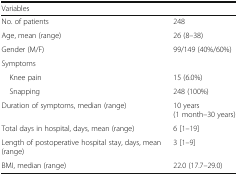
<table><thead><tr><td colspan="2"><b>Variables</b></td></tr></thead><tbody><tr><td>No. of patients</td><td>248</td></tr><tr><td>Age, mean (range)</td><td>26 (8–38)</td></tr><tr><td>Gender (M/F)</td><td>99/149 (40%/60%)</td></tr><tr><td colspan="2">Symptoms</td></tr><tr><td> Knee pain</td><td>15 (6.0%)</td></tr><tr><td> Snapping</td><td>248 (100%)</td></tr><tr><td>Duration of symptoms, median (range)</td><td>10 years (1 month–30 years)</td></tr><tr><td>Total days in hospital, days, mean (range)</td><td>6 [1–19]</td></tr><tr><td>Length of postoperative hospital stay, days, mean (range)</td><td>3 [1–9]</td></tr><tr><td>BMI, median (range)</td><td>22.0 (17.7–29.0)</td></tr></tbody></table>